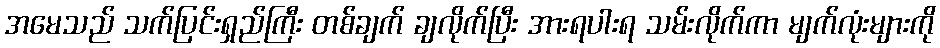
အမေသည် သက်ပြင်းရှည်ကြီး တစ်ချက် ချလိုက်ပြီး အားရပါးရ သမ်းလိုက်ကာ မျက်လုံးများကို